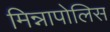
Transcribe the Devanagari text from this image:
मिन्नापोलिस